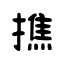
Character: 撨